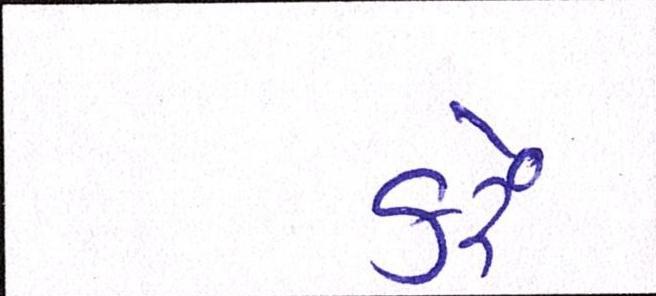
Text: કરેં